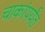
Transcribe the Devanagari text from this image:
चाकांपर्यंत